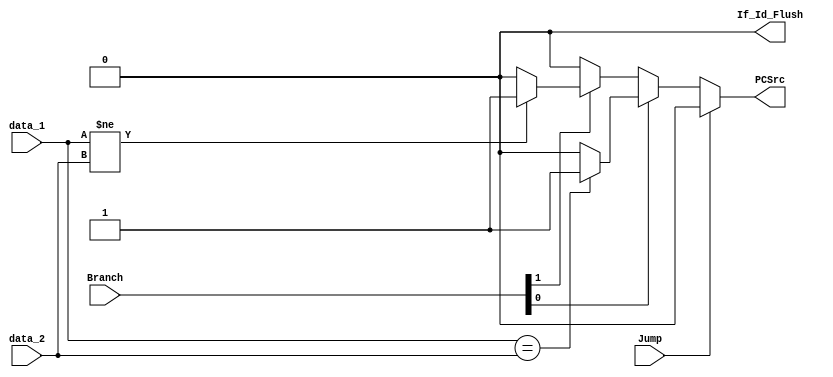
module Branch_Jump_Detection(Branch, Jump, If_Id_Flush, PCSrc, data_1, data_2);

input	[31:0]	data_1, data_2;
input	[1:0]	Branch;
input		Jump;

output		If_Id_Flush;
output		PCSrc;

reg		If_Id_Flush;
reg		PCSrc;

always@(data_1 or data_2 or Branch or Jump)begin
	If_Id_Flush = 0;
	PCSrc = 0;
	if(Jump)begin
		//If_Id_Flush = 1;	
	end
	else if(Branch[0])begin	
		if(data_1 == data_2)begin 
			PCSrc = 1;
		//	If_Id_Flush = 1;			
		end
	end
	else if(Branch[1])begin
		if(data_1 != data_2)begin
			PCSrc=1;	
		//	If_Id_Flush = 1;			
		end	
	end

end
				
endmodule